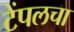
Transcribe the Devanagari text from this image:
टेंपलचा